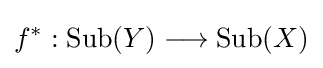
f^{*}:{\text{Sub}}(Y)\longrightarrow {\text{Sub}}(X)